Vaccination in Bombay 1869-1873 - 1869-1873
Year: 1869
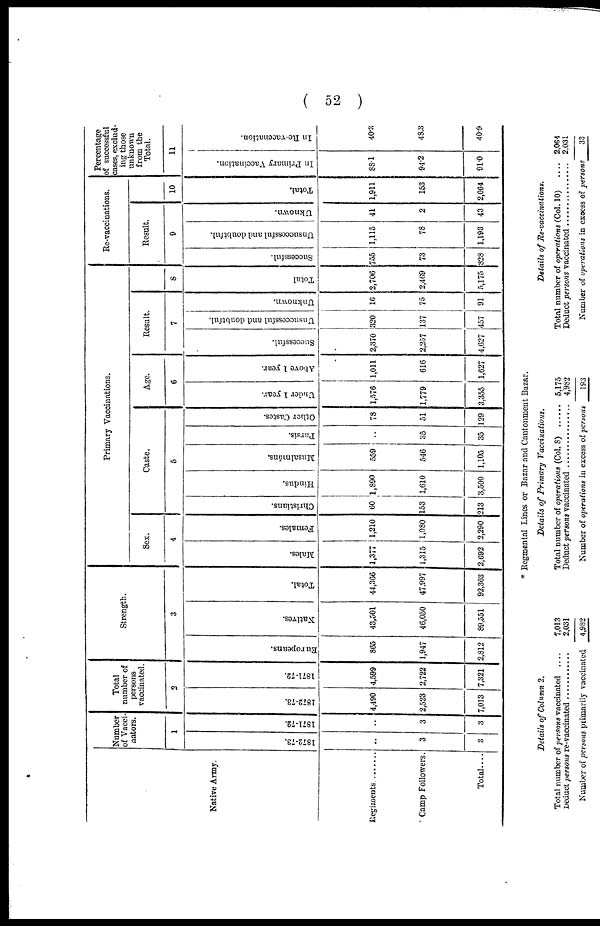
( 52 )
Native Army.
Regiments.
Camp Followers.
Total....
Number
of Vacci-
nators.
1
1872-73.
..
3
3
1871-73.
..
3
3
Total
number of
persons
vaccinated.
2
1872-73.
4,490
2,523
7,013
1871-72.
4,599
2,722
7,321
Strength.
3
Europeans.
865
1,947
2,812
Natives.
43,501
46,050
89,551
Total.
44,366
47,997
92,363
Primary Vaccinations.
Sex.
4
Males.
1,377
1,315
2,692
Females.
1,210
1,080
2,290
Caste.
5
Christians.
60
153
213
Hindus.
1,890
1,610
3,500
Musalmáns.
559
546
1,105
Parsis.
..
35
35
Other Castes.
78
51
129
Age.
6
Under 1 year.
1,576
1,779
3,355
Above 1 year.
1,011
616
1,627
Result.
7
Successful.
2,370
2,257
4,627
Unsuccessful and doubtful.
320
137
457
Unknown.
16
75
91
8
Total
2,706
2,469
5,175
Re-vaccinations.
Result.
9
Successful.
755
73
828
Unsuccessful and doubtful.
1,115
78
1,193
Uknown.
41
2
43
10
Total.
1,911
153
2,064
Percentage
of successful
cases, exclud-
ing those
unknown
from the
Total.
11
In Primary Vaccination.
88.1
94.2
91.0
In Re-vaccnation.
40.3
48.3
40.9
* Regmental Lines or Bazar and Cantonment Bazar.
Details of Column 2.
Total number of persons vaccinated ....
Deduct persons re-vaccinated ..........
Number of persons primarily vaccinated
7,013
2,031
4,982
Details of Primary Vaccinations.
Total number of operations (Col. 8) ........
Deduct persons vaccinated ............
Number of operations in excess of persons
5,175
4,982
193
Details of Re-vaccinations.
Total number of operations (Col. 10) ........
Deduct persons vaccinated ............
Number of operations in excess of persons
2,064
2,031
33